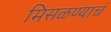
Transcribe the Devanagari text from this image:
मिसळण्याचं